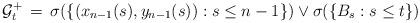
LaTeX: \begin{align*}{\cal G}_t^+\,=\,\sigma(\{(x_{n-1}(s),y_{n-1}(s)):s\le n-1\})\vee\sigma(\{B_s:s\le t\})\end{align*}